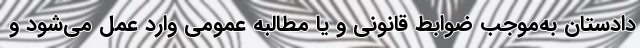
دادستان به‌موجب ضوابط قانونی و یا مطالبه عمومی وارد عمل می‌شود و